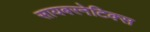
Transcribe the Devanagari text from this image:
सायबरनेटिक्स